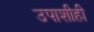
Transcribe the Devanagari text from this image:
उपाशीही